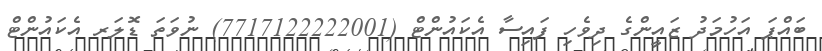
ބައްޕަ އަހުމަދު ޒައީންގެ ދިވެހި ފައިސާ އެކައުންޓް (7717122222001) ނުވަތަ ޑޮލަރ އެކައުންޓް